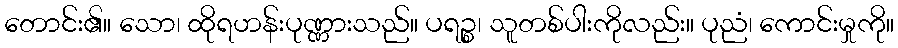
တောင်း၏။ သော၊ ထိုရဟန်းပုဏ္ဏားသည်။ ပရဉ္စ၊ သူတစ်ပါးကိုလည်း။ ပုညံ၊ ကောင်းမှုကို။